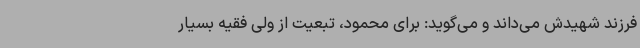
فرزند شهیدش می‌داند و می‌گوید: برای محمود، تبعیت از ولی فقیه بسیار